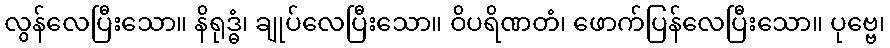
လွန်လေပြီးသော။ နိရုဒ္ဓံ၊ ချုပ်လေပြီးသော။ ဝိပရိဏတံ၊ ဖောက်ပြန်လေပြီးသော။ ပုဗ္ဗေ၊